Vaccination in Bombay 1863-1868 - 1863-1868
Year: 1863
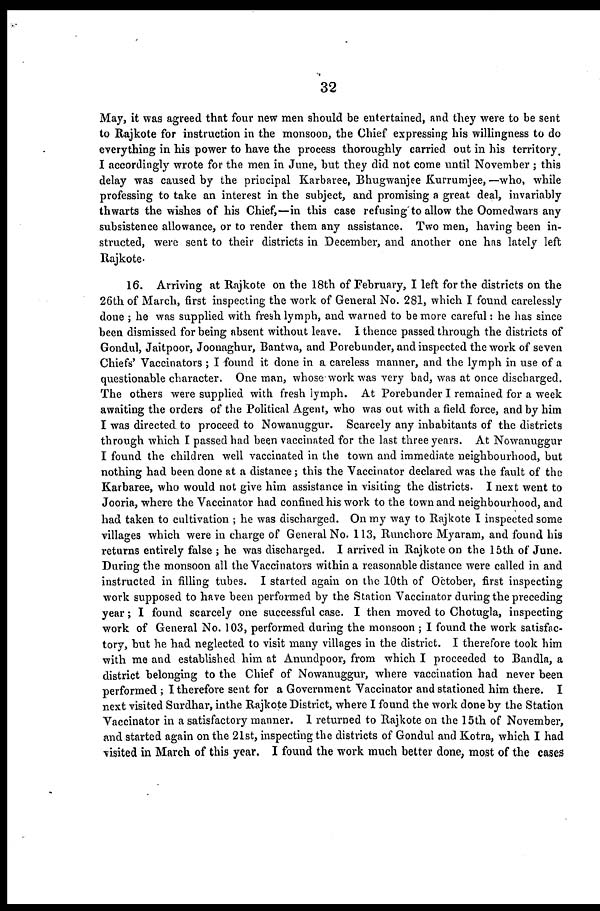
32
May, it was agreed that four new men should be entertained, and they were to be sent
to Rajkote for instruction in the monsoon, the Chief expressing his willingness to do
everything in his power to have the process thoroughly carried out in his territory.
I accordingly wrote for the men in June, but they did not come until November ; this
delay was caused by the principal Karbaree, Bhugwanjee Kurrumjee, —who, while
professing to take an interest in the subject, and promising a great deal, invariably
thwarts the wishes of his Chief,—in this case refusing to allow the Oomedwars any
subsistence allowance, or to render them any assistance. Two men, having been in-
structed, were sent to their districts in December, and another one has lately left
Rajkote.
16. Arriving at Rajkote on the 18th of February, I left for the districts on the
26th of March, first inspecting the work of General No. 281, which I found carelessly
done ; he was supplied with fresh lymph, and warned to be more careful: he has since
been dismissed for being absent without leave. I thence passed through the districts of
Gondul, Jaitpoor, Joonaghur, Bantwa, and Porebunder, and inspected the work of seven
Chiefs' Vaccinators ; I found it done in a careless manner, and the lymph in use of a
questionable character. One man, whose work was very bad, was at once discharged.
The others were supplied with fresh lymph. At Porebunder I remained for a week
awaiting the orders of the Political Agent, who was out with a field force, and by him
I was directed to proceed to Nowanuggur. Scarcely any inhabitants of the districts
through which I passed had been vaccinated for the last three years. At Nowanuggur
I found the children well vaccinated in the town and immediate neighbourhood, but
nothing had been done at a distance; this the Vaccinator declared was the fault of the
Karbaree, who would not give him assistance in visiting the districts. I next went to
Jooria, where the Vaccinator had confined his work to the town and neighbourhood, and
had taken to cultivation ; he was discharged. On my way to Rajkote I inspected some
villages which were in charge of General No. 113, Runchore Myaram, and found his
returns entirely false ; he was discharged. I arrived in Rajkote on the 15th of June.
During the monsoon all the Vaccinators within a reasonable distance were called in and
instructed in filling tubes. I started again on the 10th of October, first inspecting
work supposed to have been performed by the Station Vaccinator during the preceding
year; I found scarcely one successful case. I then moved to Chotugla, inspecting
work of General No. 103, performed during the monsoon ; I found the work satisfac-
tory, but he had neglected to visit many villages in the district. I therefore took him
with me and established him at Anundpoor, from which I proceeded to Bandla, a
district belonging to the Chief of Nowanuggur, where vaccination had never been
performed; I therefore sent for a Government Vaccinator and stationed him there. I
next visited Surdhar, inthe Rajkote District, where I found the work done by the Station
Vaccinator in a satisfactory manner. I returned to Rajkote on the 15th of November,
and started again on the 21st, inspecting the districts of Gondul and Kotra, which I had
visited in March of this year. I found the work much better done, most of the cases